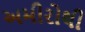
અમીરોથી